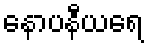
နောပနီယရေ